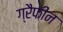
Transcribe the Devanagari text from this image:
ग्रैफीन